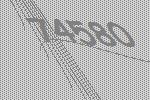
74580